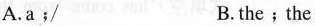
A. a﹔/ B.the﹔the